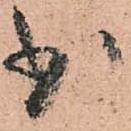
少